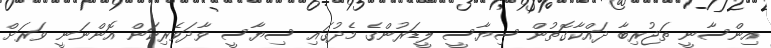
އިންސާނީ ތަޖުރިބާ ދައްކާގޮތުން ސިޔާސީ ލީޑަރުންގެ މެދުގައި ސިޔާސީ ވާދަވެރިކަން އޮންނަނީ ވަރަށް